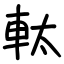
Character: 軚